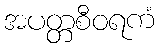
အပတ္တစီဝရကံ